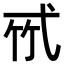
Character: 𢎉